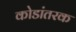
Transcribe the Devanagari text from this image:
कोडांतरक